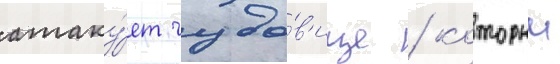
атаку́ет чудо́в'ище / которыи